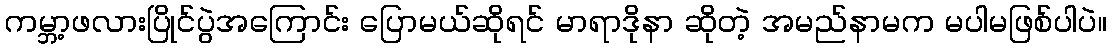
ကမ္ဘာ့ဖလားပြိုင်ပွဲအကြောင်း ပြောမယ်ဆိုရင် မာရာဒိုနာ ဆိုတဲ့ အမည်နာမက မပါမဖြစ်ပါပဲ။